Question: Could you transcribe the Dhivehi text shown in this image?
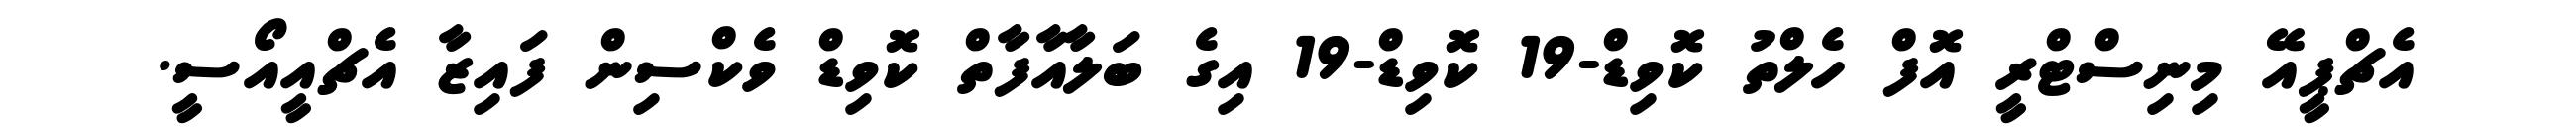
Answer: އެޗްޕީއޭ މިނިސްޓްރީ އޮފް ހެލްތު ކޮވިޑް-19 ކޮވިޑް-19 އިގެ ބަލާއާފާތް ކޮވިޑް ވެކްސިން ފައިޒާ އެޗްއީއޯސީ.